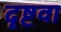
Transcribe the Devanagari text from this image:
दृष्टवा